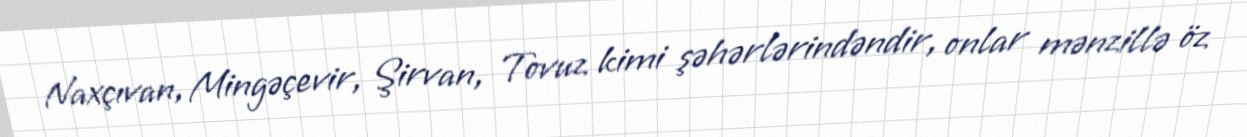
Naxçıvan, Mingəçevir, Şirvan, Tovuz kimi şəhərlərindəndir, onlar mənzillə öz